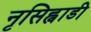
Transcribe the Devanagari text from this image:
नृसिह्वाडी